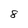
Character: 8